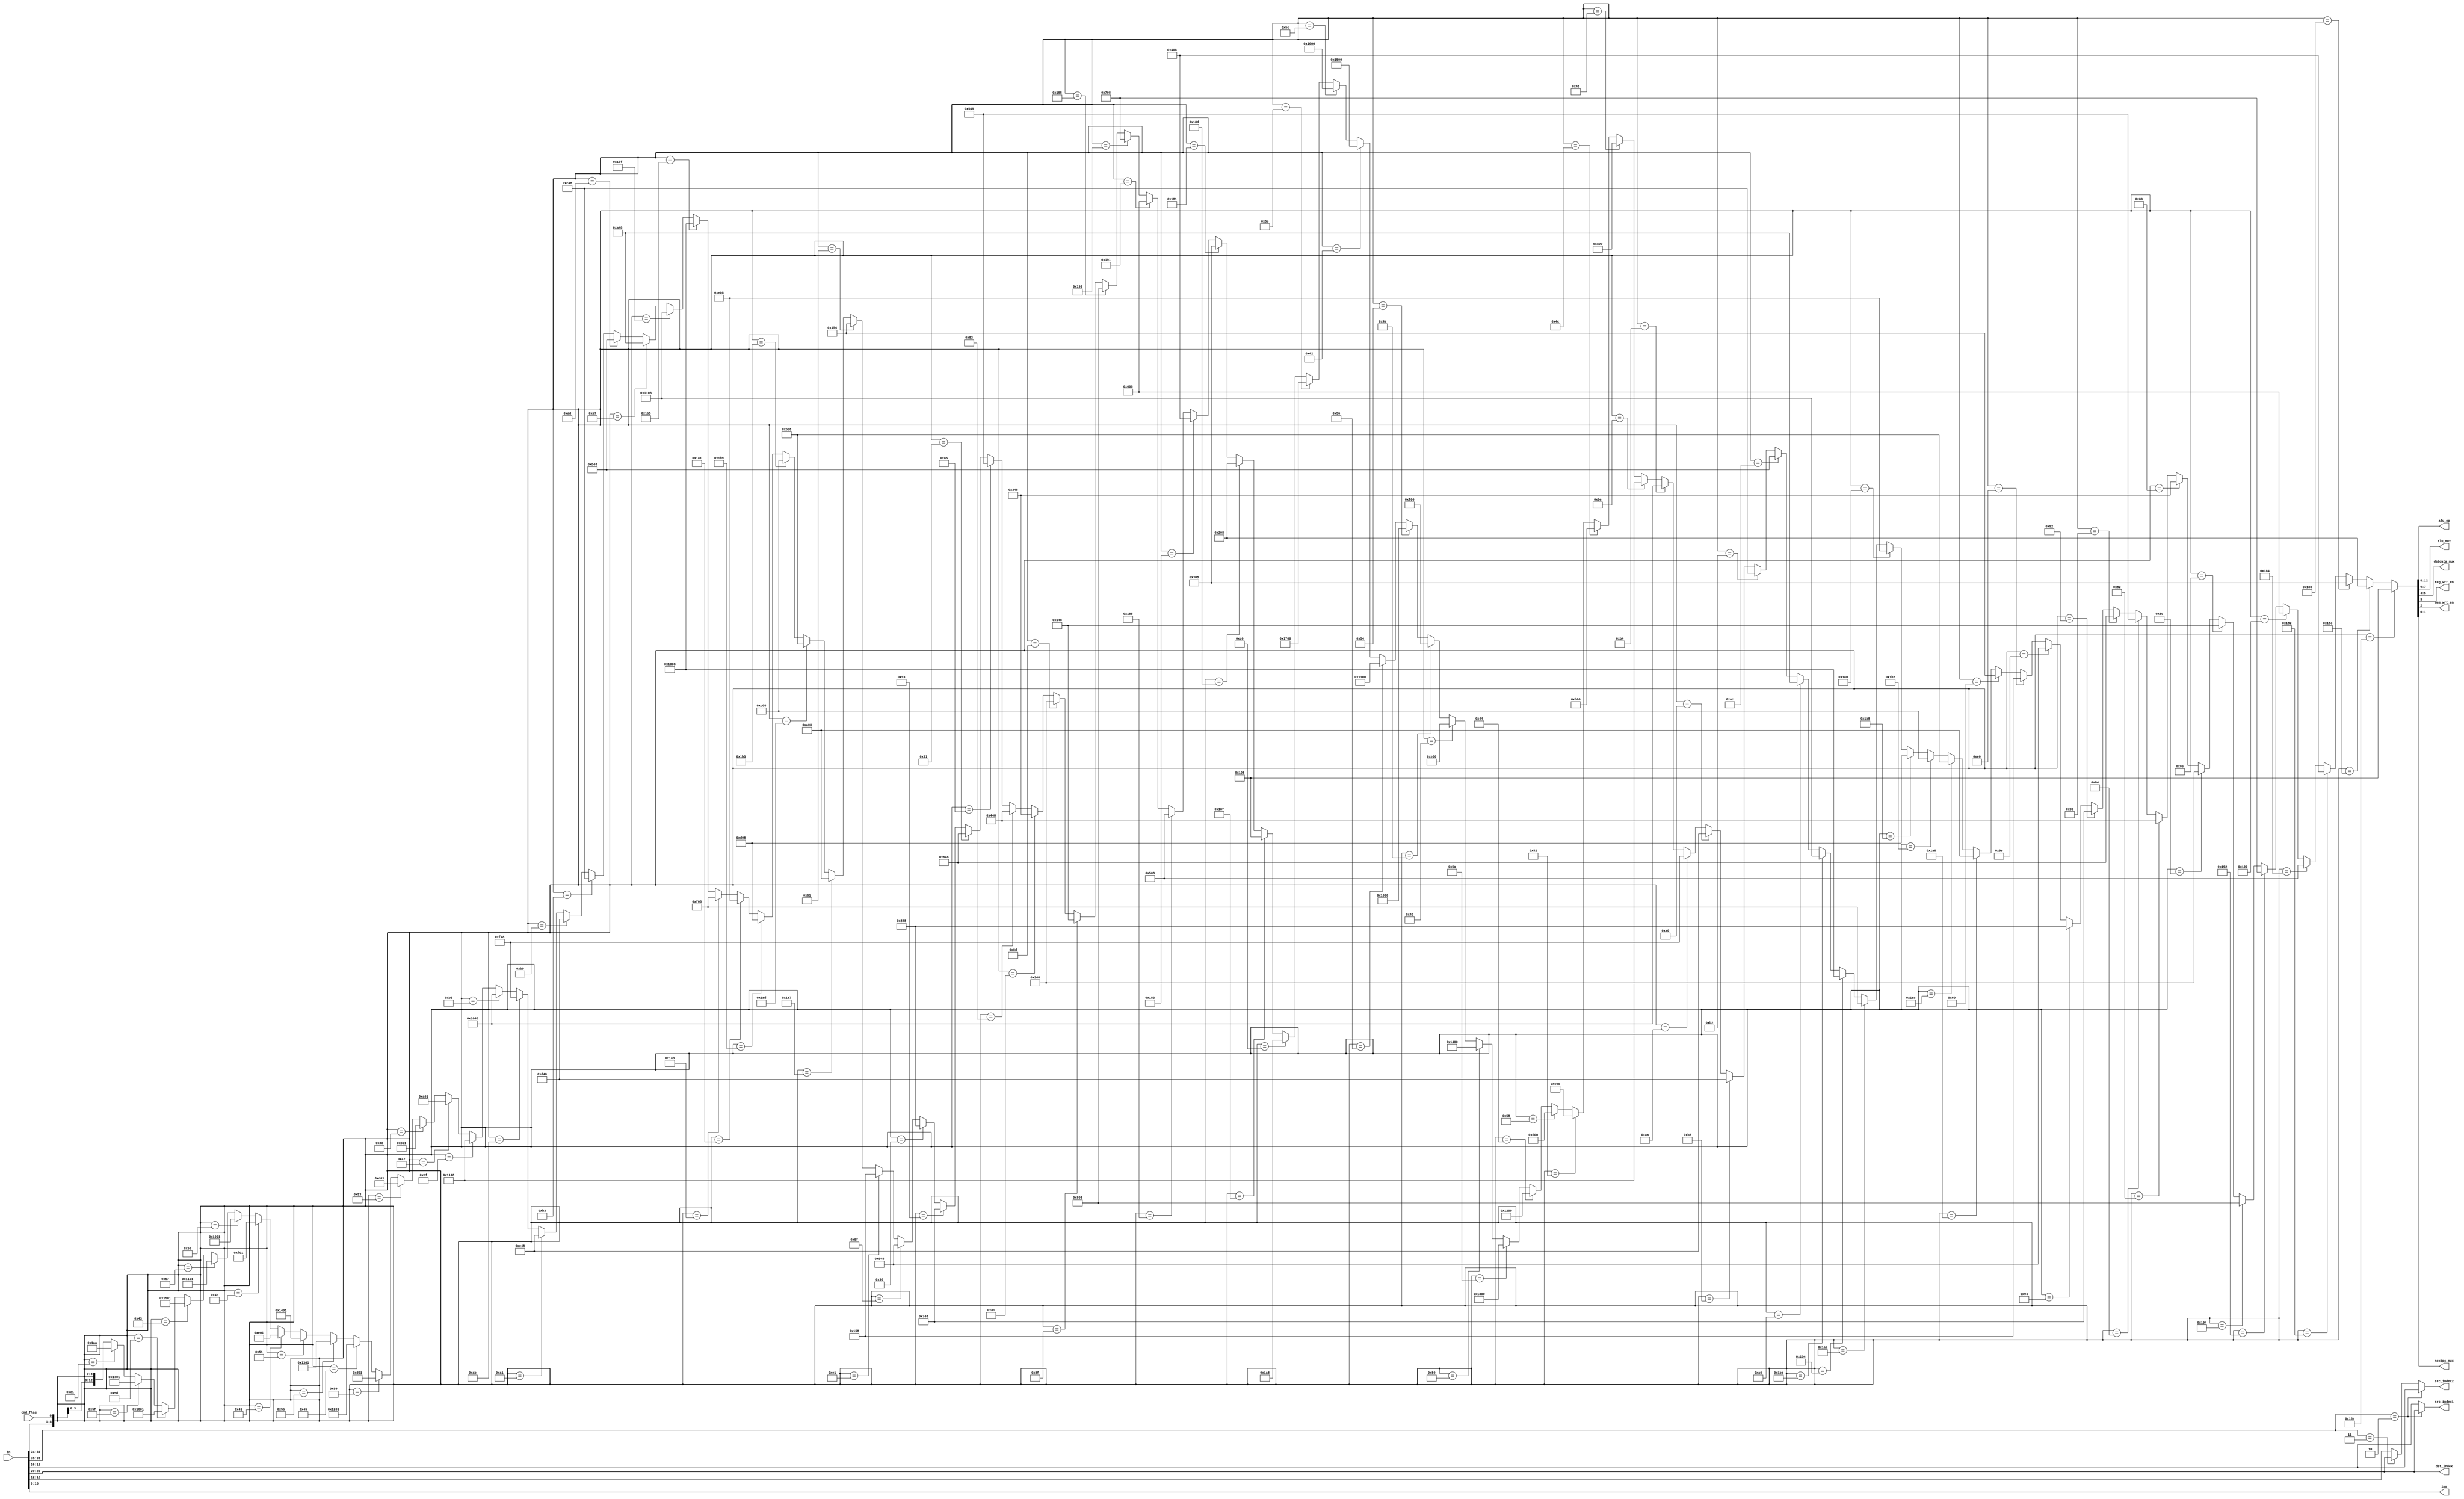
module Controller(in, src_index1, src_index2, dst_index, imm, alu_op, alu_mux, dstdata_mux, reg_wrt_en, mem_wrt_en, nextpc_mux, cmd_flag);
	parameter INST_BIT_WIDTH = 32;
	input [INST_BIT_WIDTH - 1 : 0] in;
	
	input cmd_flag;
	output[3:0] src_index1, src_index2, dst_index;
	output[1:0] alu_mux, dstdata_mux, nextpc_mux;
	output reg_wrt_en, mem_wrt_en;
	output[4:0] alu_op;
	output[15:0] imm;

	wire [3:0] op;
	wire [3:0] fn;
	wire [8:0] x;
	wire [12:0] out;
	assign fn = in[31:28];
	assign src_index1 = (fn == 4'b0010) ? in[23:20] : in[19:16];
	assign src_index2 = (fn == 4'b0010) ? in[19:16] : (fn == 4'b0011) ? in [23:20] : in[15:12];
	assign dst_index = in[23:20];
	assign imm = in[15:0];
	assign x = {in[INST_BIT_WIDTH - 1 : 24], cmd_flag};
	assign alu_op = out[12:8];
	assign alu_mux = out[7:6];
	assign dstdata_mux = out[5:4];
	assign reg_wrt_en = out[3];
	assign mem_wrt_en = out[2];
	assign nextpc_mux = out[1:0];

	assign out =	(x == 9'b110001110) ? 13'b0000100001000 :
					(x == 9'b110001100) ? 13'b0001000001000 :
					(x == 9'b110000000) ? 13'b0001100001000 :
					(x == 9'b110000010) ? 13'b0010000001000 :
					(x == 9'b110000100) ? 13'b0010100001000 :
					(x == 9'b110010000) ? 13'b0011000001000 :
					(x == 9'b110010010) ? 13'b0011100001000 :
					(x == 9'b110010100) ? 13'b0100000001000 :
					(x == 9'b010001110) ? 13'b0000101001000 :
					(x == 9'b010001100) ? 13'b0001001001000 :
					(x == 9'b010000000) ? 13'b0001101001000 :
					(x == 9'b010000010) ? 13'b0010001001000 :
					(x == 9'b010000100) ? 13'b0010101001000 :
					(x == 9'b010010000) ? 13'b0011001001000 :
					(x == 9'b010010010) ? 13'b0011101001000 :
					(x == 9'b010010100) ? 13'b0100001001000 :
					(x == 9'b010011110) ? 13'b0100101001000 :
					(x == 9'b011100000) ? 13'b0000101011000 :
					(x == 9'b001100000) ? 13'b0000101010100 :
					(x == 9'b110100110) ? 13'b0101000001000 :
					(x == 9'b110101100) ? 13'b0101100001000 :
					(x == 9'b110110010) ? 13'b0110000001000 :
					(x == 9'b110111000) ? 13'b0110100001000 :
					(x == 9'b110100000) ? 13'b0111000001000 :
					(x == 9'b110101010) ? 13'b0111100001000 :
					(x == 9'b110110100) ? 13'b1000000001000 :
					(x == 9'b110111110) ? 13'b1000100001000 :
					(x == 9'b010100110) ? 13'b0101001001000 :
					(x == 9'b010101100) ? 13'b0101101001000 :
					(x == 9'b010110010) ? 13'b0110001001000 :
					(x == 9'b010111000) ? 13'b0110101001000 :
					(x == 9'b010100000) ? 13'b0111001001000 :
					(x == 9'b010101010) ? 13'b0111101001000 :
					(x == 9'b010110100) ? 13'b1000001001000 :
					(x == 9'b010111110) ? 13'b1000101001000 :
					(x == 9'b001000110) ? 13'b0101000000000 :
					(x == 9'b001001100) ? 13'b0101100000000 :
					(x == 9'b001010010) ? 13'b0110000000000 :
					(x == 9'b001011000) ? 13'b0110100000000 :
					(x == 9'b001000100) ? 13'b1001000000000 :
					(x == 9'b001011010) ? 13'b1001100000000 :
					(x == 9'b001010000) ? 13'b1010000000000 :
					(x == 9'b001000000) ? 13'b0111000000000 :
					(x == 9'b001001010) ? 13'b0111100000000 :
					(x == 9'b001010100) ? 13'b1000000000000 :
					(x == 9'b001010110) ? 13'b1000100000000 :
					(x == 9'b001000010) ? 13'b1010100000000 :
					(x == 9'b001011100) ? 13'b1011000000000 :
					(x == 9'b001011110) ? 13'b1011100000000 :
					(x == 9'b011000000) ? 13'b0000110101000 :
					(x == 9'b110001111) ? 13'b0000100001000 :
					(x == 9'b110001101) ? 13'b0001000001000 :
					(x == 9'b110000001) ? 13'b0001100001000 :
					(x == 9'b110000011) ? 13'b0010000001000 :
					(x == 9'b110000101) ? 13'b0010100001000 :
					(x == 9'b110010001) ? 13'b0011000001000 :
					(x == 9'b110010011) ? 13'b0011100001000 :
					(x == 9'b110010101) ? 13'b0100000001000 :
					(x == 9'b010001111) ? 13'b0000101001000 :
					(x == 9'b010001101) ? 13'b0001001001000 :
					(x == 9'b010000001) ? 13'b0001101001000 :
					(x == 9'b010000011) ? 13'b0010001001000 :
					(x == 9'b010000101) ? 13'b0010101001000 :
					(x == 9'b010010001) ? 13'b0011001001000 :
					(x == 9'b010010011) ? 13'b0011101001000 :
					(x == 9'b010010101) ? 13'b0100001001000 :
					(x == 9'b010011111) ? 13'b0100101001000 :
					(x == 9'b011100001) ? 13'b0000101011000 :
					(x == 9'b001100001) ? 13'b0000101010100 :
					(x == 9'b110100111) ? 13'b0101000001000 :
					(x == 9'b110101101) ? 13'b0101100001000 :
					(x == 9'b110110011) ? 13'b0110000001000 :
					(x == 9'b110111001) ? 13'b0110100001000 :
					(x == 9'b110100001) ? 13'b0111000001000 :
					(x == 9'b110101011) ? 13'b0111100001000 :
					(x == 9'b110110101) ? 13'b1000000001000 :
					(x == 9'b110111111) ? 13'b1000100001000 :
					(x == 9'b010100111) ? 13'b0101001001000 :
					(x == 9'b010101101) ? 13'b0101101001000 :
					(x == 9'b010110011) ? 13'b0110001001000 :
					(x == 9'b010111001) ? 13'b0110101001000 :
					(x == 9'b010100001) ? 13'b0111001001000 :
					(x == 9'b010101011) ? 13'b0111101001000 :
					(x == 9'b010110101) ? 13'b1000001001000 :
					(x == 9'b010111111) ? 13'b1000101001000 :
					(x == 9'b001000111) ? 13'b0101000000001 :
					(x == 9'b001001101) ? 13'b0101100000001 :
					(x == 9'b001010011) ? 13'b0110000000001 :
					(x == 9'b001011001) ? 13'b0110100000001 :
					(x == 9'b001000101) ? 13'b1001000000001 :
					(x == 9'b001011011) ? 13'b1001100000001 :
					(x == 9'b001010001) ? 13'b1010000000001 :
					(x == 9'b001000001) ? 13'b0111000000001 :
					(x == 9'b001001011) ? 13'b0111100000001 :
					(x == 9'b001010101) ? 13'b1000000000001 :
					(x == 9'b001010111) ? 13'b1000100000001 :
					(x == 9'b001000011) ? 13'b1010100000001 :
					(x == 9'b001011101) ? 13'b1011000000001 :
					(x == 9'b001011111) ? 13'b1011100000001 :
					(x == 9'b011000001) ? 13'b0000110101010 :
					{13{x}};
endmodule